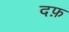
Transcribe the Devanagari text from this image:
दफ़